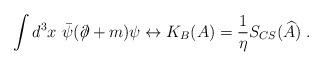
LaTeX: \begin{align*}\int d^3x~\bar{\psi}(\partial \!\!\!/+m)\psi \leftrightarrow K_B(A)=\frac1\eta S_{CS}(\widehat{A})\;. \end{align*}